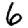
Digit: 6